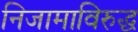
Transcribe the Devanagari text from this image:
निजामाविरुद्ध